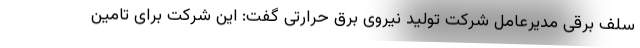
سلف برقی مدیرعامل شرکت تولید نیروی برق حرارتی گفت: این شرکت برای تامین